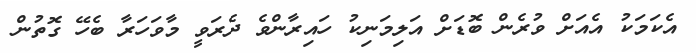
އެކަމަކު އެއަށް ވުރެން ބޮޑަށް އަލިމަނިކު ހައިރާންވެ ދެރަވީ މާވަހަރާ ބެހޭ ގޮތުން